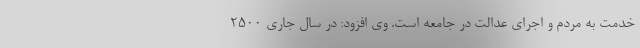
خدمت به مردم و اجرای عدالت در جامعه است. وی افزود: در سال جاری ۲۵۰۰